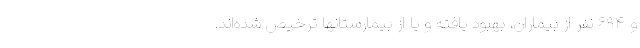
و ۶۹۴ نفر از بیماران، بهبود یافته و یا از بیمارستانها ترخیص شده‌اند.